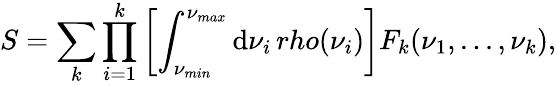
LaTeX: S=\sum_{k}\prod_{i=1}^{k}\left[\int_{\nu_{min}}^{\nu_{max}}\mathrm{d}\nu_{i}\, rho(\nu_{i})\right]F_{k}(\nu_{1},...,\nu_{k}),